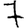
Digit: 7